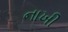
નાખી